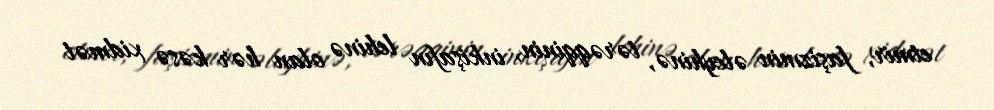
etmir, faşizmin əleyhinə, tərəqqinin, inkişafın lehinə olan hər kəsə xidmət